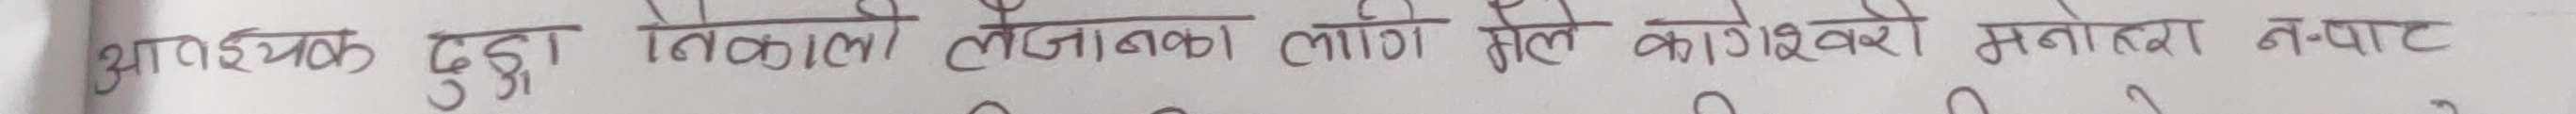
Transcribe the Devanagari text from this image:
भावनात्मक दुःखु विकाली लैजान्छ लागि मिले कागेश्वरी मनोहरा नपाट